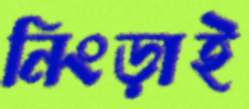
নিংড়াই